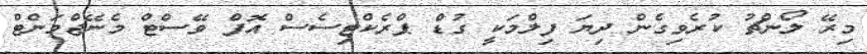
މިރޭ ލޯންޗު ކުރެވިގެން ދިޔަ ފިލްމަކީ ގުޑް ޕްރެކްޓިސެސް އޮފް ވޭސްޓް މެނޭޖްމަންޓް